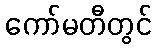
ကော်မတီတွင်